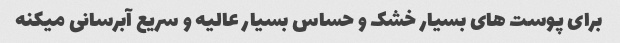
برای پوست های بسیار خشک و حساس بسیار عالیه و سریع آبرسانی میکنه